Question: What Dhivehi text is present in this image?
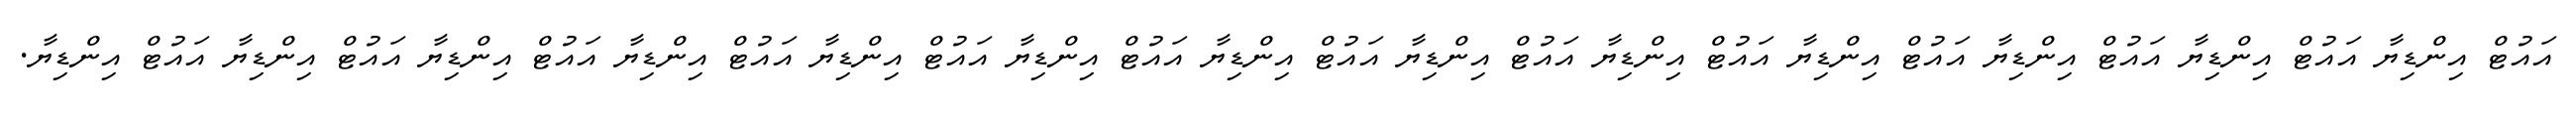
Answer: އައުޓް އިންޑިޔާ އައުޓް އިންޑިޔާ އައުޓް އިންޑިޔާ އައުޓް އިންޑިޔާ އައުޓް އިންޑިޔާ އައުޓް އިންޑިޔާ އައުޓް އިންޑިޔާ އައުޓް އިންޑިޔާ އައުޓް އިންޑިޔާ އައުޓް އިންޑިޔާ އައުޓް އިންޑިޔާ އައުޓް އިންޑިޔާ އައުޓް އިންޑިޔާ.